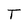
Character: T